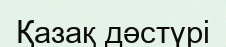
Қазақ дәстүрі